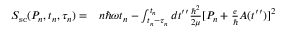
\begin{array} { r l } { S _ { \mathrm { s c } } ( P _ { n } , t _ { n } , \tau _ { n } ) = } & { { } n \hbar \omega t _ { n } - \int _ { t _ { n } - \tau _ { n } } ^ { t _ { n } } d t ^ { \prime \prime } \frac { \hbar ^ { 2 } } { 2 \mu } [ P _ { n } + \frac { e } { \hbar } A ( t ^ { \prime \prime } ) ] ^ { 2 } } \end{array}